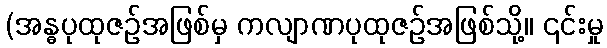
(အန္ဓပုထုဇဉ်အဖြစ်မှ ကလျာဏပုထုဇဉ်အဖြစ်သို့။ ၎င်းမှု